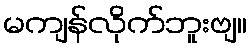
မကျန်လိုက်ဘူးဗျ။